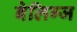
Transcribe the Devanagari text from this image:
बेलिग्ज